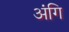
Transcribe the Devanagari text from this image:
अंगि